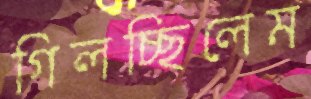
গিলচ্ছিলেম